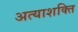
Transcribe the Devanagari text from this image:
अत्याशक्ति